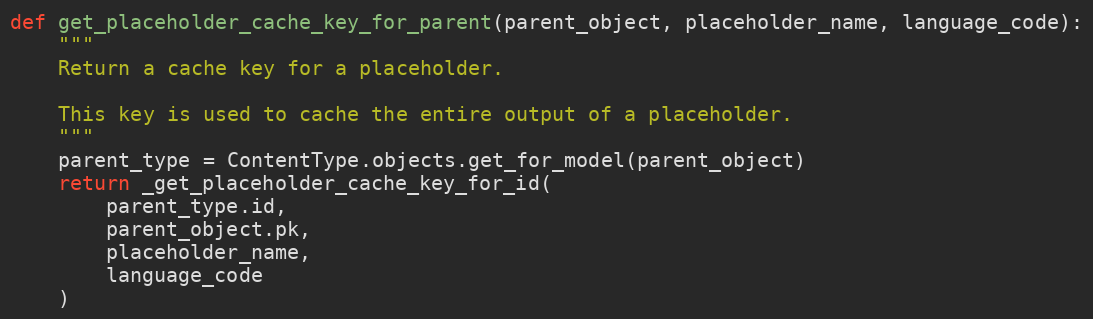
Language: Python
def get_placeholder_cache_key_for_parent(parent_object, placeholder_name, language_code):
    """
    Return a cache key for a placeholder.

    This key is used to cache the entire output of a placeholder.
    """
    parent_type = ContentType.objects.get_for_model(parent_object)
    return _get_placeholder_cache_key_for_id(
        parent_type.id,
        parent_object.pk,
        placeholder_name,
        language_code
    )